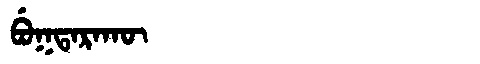
Manchu: ᠪᡠᡴᡨᠠᡵᠠᡴᡡ
Romanization: BUKTARAKŪ